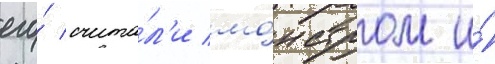
его́ счита́л'и мо́нстром и́